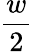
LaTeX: \frac w2